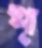
প্